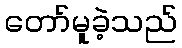
တော်မူခဲ့သည်